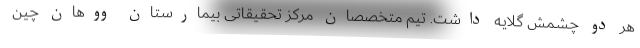
هر دو چشمش گلایه داشت. تیم متخصصان مرکز تحقیقاتی بیمارستان ووهان چین